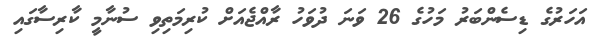
އަހަރުގެ ޑިސެންބަރު މަހުގެ 26 ވަނަ ދުވަހު ރާއްޖެއަށް ކުރިމަތިވި ސުނާމީ ކާރިސާގައި